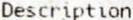
DESCRIPTION